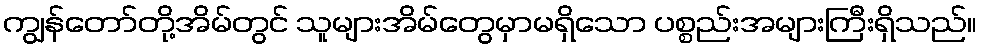
ကျွန်တော်တို့အိမ်တွင် သူများအိမ်တွေမှာမရှိသော ပစ္စည်းအများကြီးရှိသည်။